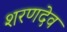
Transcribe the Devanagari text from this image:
शरणदेव